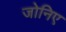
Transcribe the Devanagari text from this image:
जोनिए